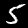
Label: 5